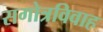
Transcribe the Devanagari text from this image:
सगोत्रविवाह